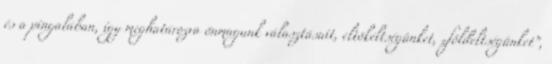
és a pingalában, így meghatározva önmagunk választásait, eltökéltségünket, „földeltségünket”,